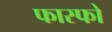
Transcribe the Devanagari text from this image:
फास्फो